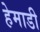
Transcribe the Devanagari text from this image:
हेमाडी